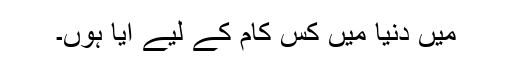
میں دنیا میں کس کام کے لیے آیا ہوں۔